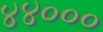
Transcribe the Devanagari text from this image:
४४०००